Problem: 1 + 22 = ?
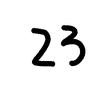
Handwritten answer: 23